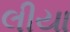
લીયા